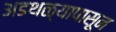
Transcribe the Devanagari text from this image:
अडथळ्यापासून